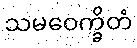
သမဝေက္ခိတံ